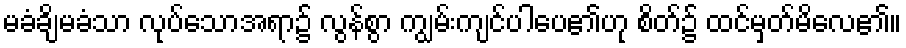
မခံချိမခံသာ လုပ်သောအရာ၌ လွန်စွာ ကျွမ်းကျင်ပါပေ၏ဟု စိတ်၌ ထင်မှတ်မိလေ၏။